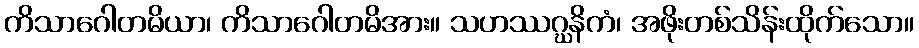
ကိသာဂေါတမိယာ၊ ကိသာဂေါတမိအား။ သဟဿဂ္ဃနိကံ၊ အဖိုးတစ်သိန်းထိုက်သော။